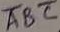
Text: ABC